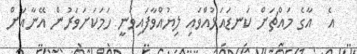
އެ  އާގެ މައްޗަށް ކަނޑައަޅުއްވައި ލިޔުއްވާފައިވަނީ ހަމަކަށަވަރުން އޭނާއަށް